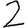
Digit: 2